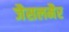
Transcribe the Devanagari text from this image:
जैसलमैर